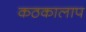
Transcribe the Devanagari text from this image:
कठकालाप